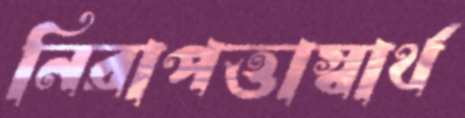
নিরাপত্তাস্বার্থ